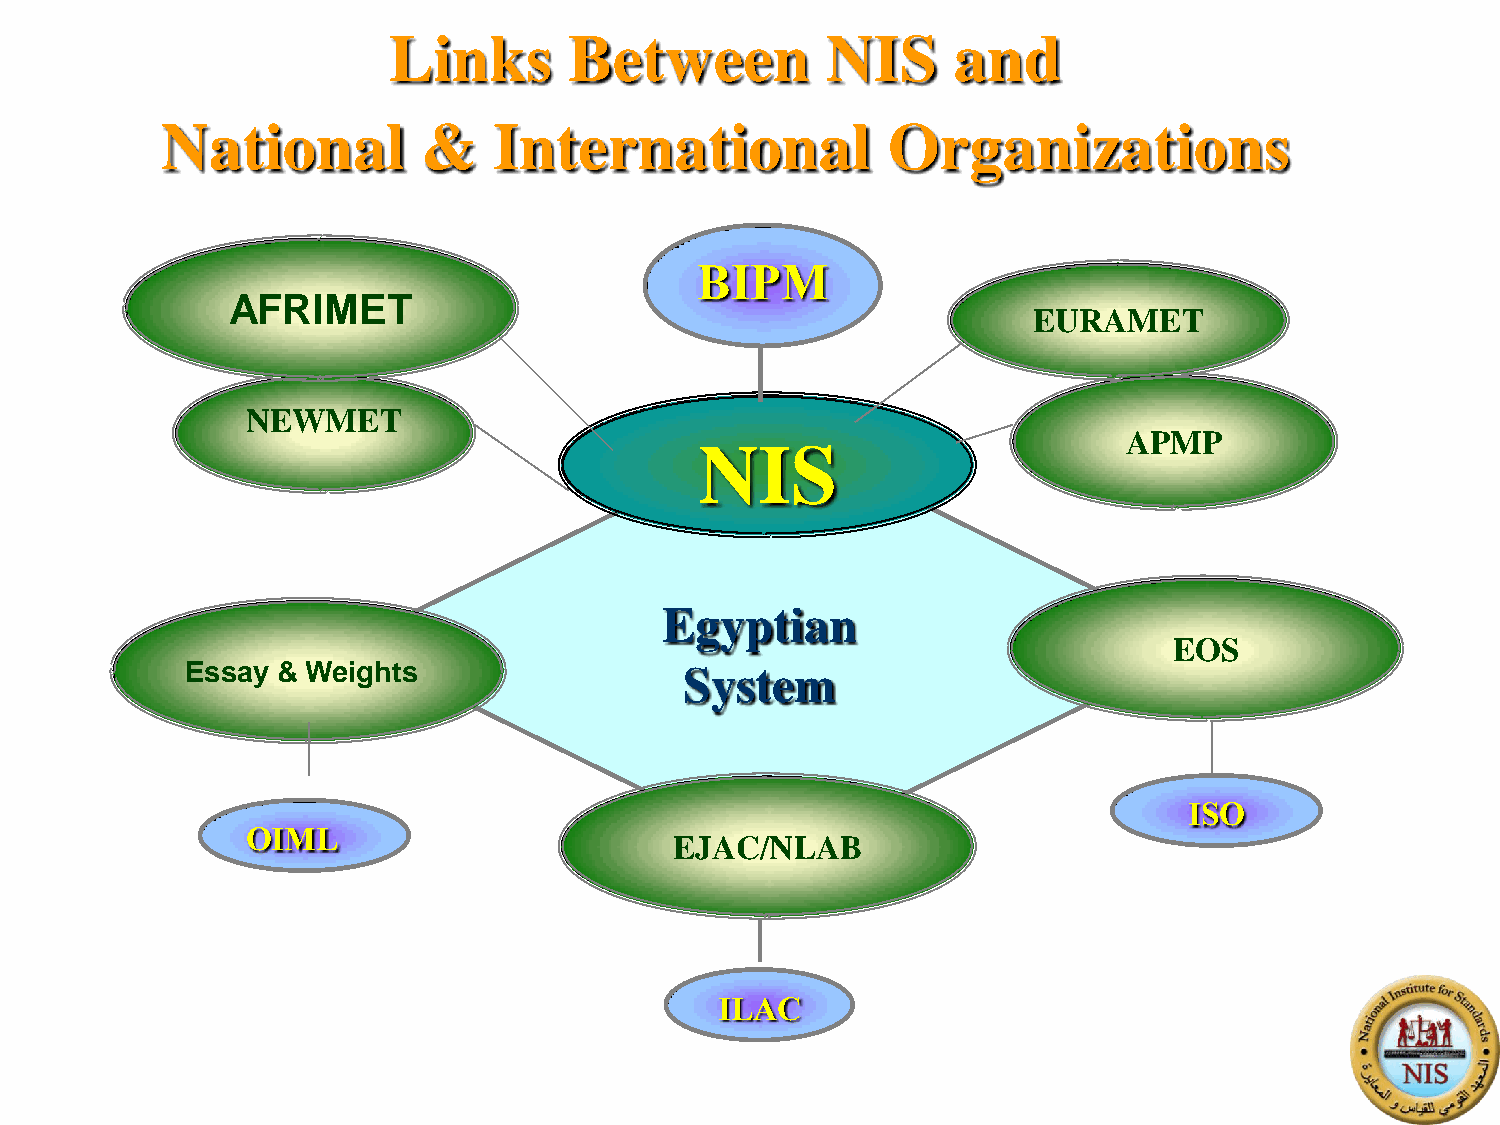
Links       Between          NIS     and
 National         &    International             Organizations
 BIPM
 AFRIMET
 EURAMET
 NEWMET
 APMP
 NIS
 Egyptian
 EOS
 Essay & Weights                  System
 ISO
 OIML
 EJAC/NLAB
 ILAC